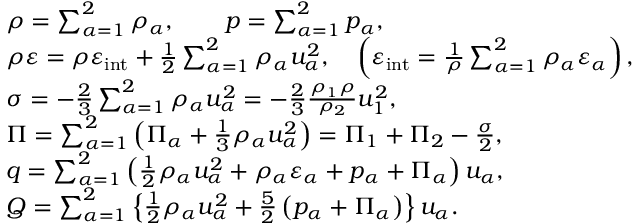
\begin{array} { r l } & { \rho = \sum _ { \alpha = 1 } ^ { 2 } \rho _ { \alpha } , \qquad p = \sum _ { \alpha = 1 } ^ { 2 } p _ { \alpha } , } \\ & { \rho \varepsilon = \rho \varepsilon _ { \mathrm { i n t } } + \frac { 1 } { 2 } \sum _ { \alpha = 1 } ^ { 2 } \rho _ { \alpha } u _ { \alpha } ^ { 2 } , \quad \left( \varepsilon _ { \mathrm { i n t } } = \frac { 1 } { \rho } \sum _ { \alpha = 1 } ^ { 2 } \rho _ { \alpha } \varepsilon _ { \alpha } \right) , } \\ & { \sigma = { - \frac { 2 } { 3 } \sum _ { \alpha = 1 } ^ { 2 } \rho _ { \alpha } u _ { \alpha } ^ { 2 } } = - \frac { 2 } { 3 } \frac { \rho _ { 1 } \rho } { \rho _ { 2 } } u _ { 1 } ^ { 2 } , } \\ & { \Pi = \sum _ { \alpha = 1 } ^ { 2 } \left( \Pi _ { \alpha } + \frac { 1 } { 3 } \rho _ { \alpha } u _ { \alpha } ^ { 2 } \right) = \Pi _ { 1 } + \Pi _ { 2 } - \frac { \sigma } { 2 } , } \\ & { q = \sum _ { \alpha = 1 } ^ { 2 } \left( \frac { 1 } { 2 } \rho _ { \alpha } u _ { \alpha } ^ { 2 } + \rho _ { \alpha } \varepsilon _ { \alpha } + p _ { \alpha } + \Pi _ { \alpha } \right) u _ { \alpha } , } \\ & { Q = \sum _ { \alpha = 1 } ^ { 2 } \left\{ \frac { 1 } { 2 } \rho _ { \alpha } u _ { \alpha } ^ { 2 } + \frac { 5 } { 2 } \left( p _ { \alpha } + \Pi _ { \alpha } \right) \right\} u _ { \alpha } . } \end{array}